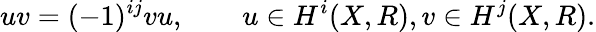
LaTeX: uv=(-1)^{ij}vu,\qquad u\in H^{i}(X,R),v\in H^{j}(X,R).